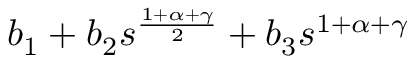
b _ { 1 } + b _ { 2 } s ^ { \frac { 1 + \alpha + \gamma } { 2 } } + b _ { 3 } s ^ { 1 + \alpha + \gamma }